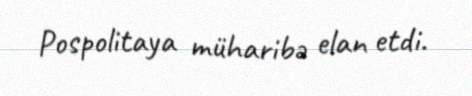
Pospolitaya müharibə elan etdi.